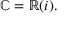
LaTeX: \mathbb { C } = \mathbb { R } ( i ) .